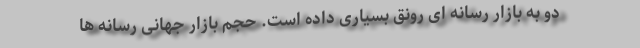
دو به بازار رسانه ای رونق بسیاری داده است. حجم بازار جهانی رسانه ها